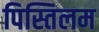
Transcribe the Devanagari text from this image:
पिस्तिलम